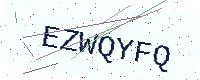
Text: EZWQYFQ